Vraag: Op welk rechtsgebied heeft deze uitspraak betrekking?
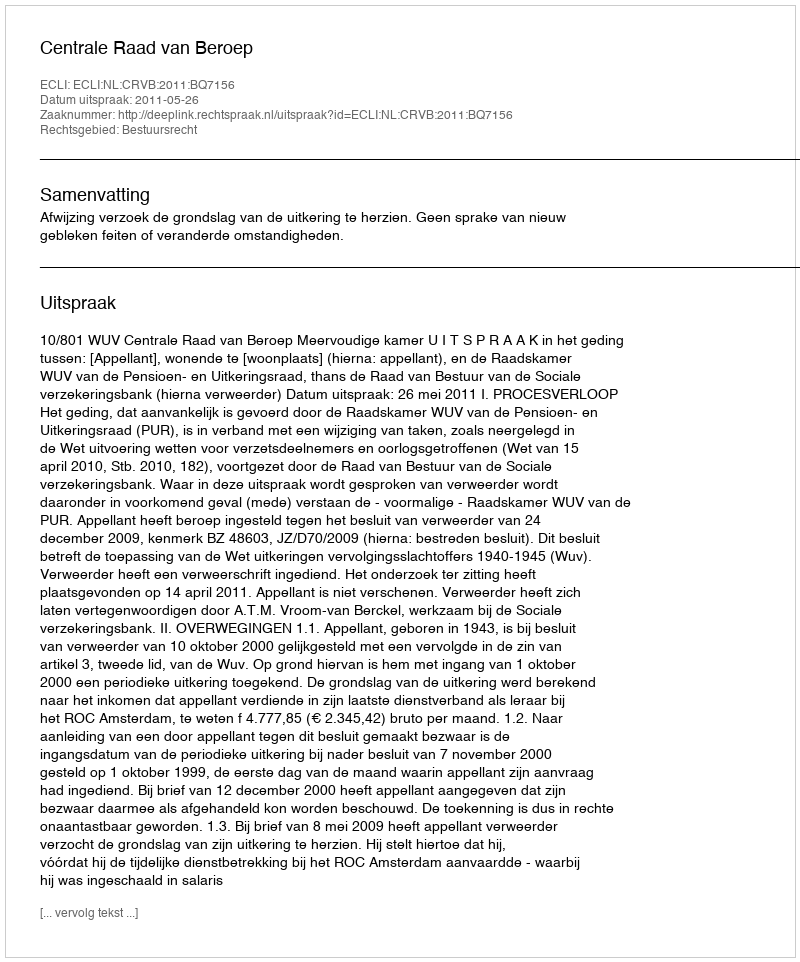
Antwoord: Bestuursrecht